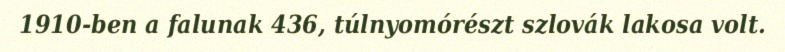
1910-ben a falunak 436, túlnyomórészt szlovák lakosa volt.